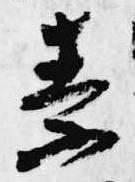
素